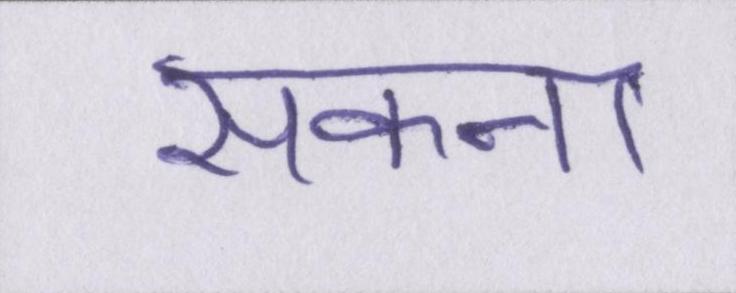
सकना